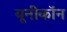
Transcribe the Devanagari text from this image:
यूनीकॉन